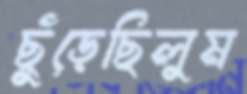
ছুঁড়েছিলুম